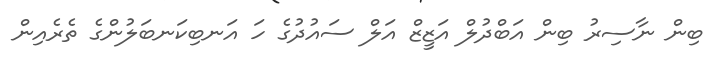
ބިން ނާސިރު ބިން އަބްދުލް އަޒީޒް އަލް ސައުދުގެ ހަ އަނބިކަނބަލުންގެ ތެރެއިން